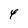
Character: 4